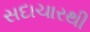
સદાચારથી